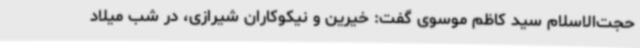
حجت‌الاسلام سید کاظم موسوی گفت: خیرین و نیکوکاران شیرازی، در شب میلاد